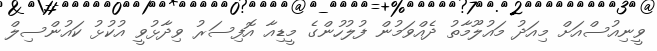
ވީނިއުސްއަށް މިއަދު މައުލޫމާތު ދެއްވަމުން ފުލުހުންގެ މީޑިއާ އޮފިސަރު ވިދާޅުވީ އުކުޅު ކައުންސިލް